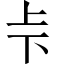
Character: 𠧗